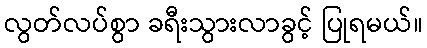
လွတ်လပ်စွာ ခရီးသွားလာခွင့် ပြုရမယ်။